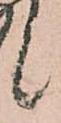
候